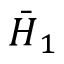
\boldsymbol { \bar { H } } _ { 1 }